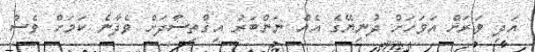
އަދި ވަރަށް އަވަހަށް ދުނިޔޭގެ އެއް ނަންބަރު އިގްތިސާދަށް ވެދާނެ ކަމަށް ވެސް